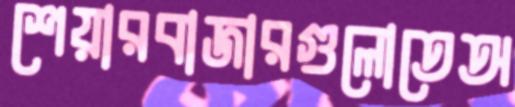
শেয়ারবাজারগুলোতেঅ